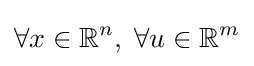
\forall x\in \mathbb {R} ^{n},\;\forall u\in \mathbb {R} ^{m}